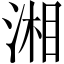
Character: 湘